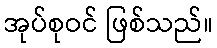
အုပ်စုဝင် ဖြစ်သည်။